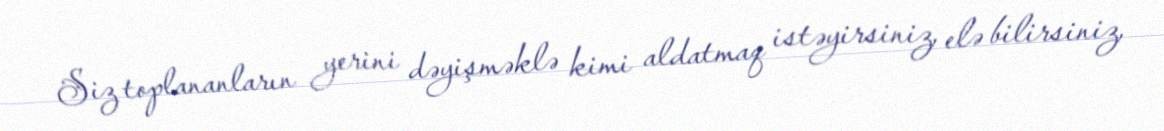
Siz toplananların yerini dəyişməklə kimi aldatmaq istəyirsiniz, elə bilirsiniz,